Indian journal of veterinary science and animal husbandry - Volumes 22-23, 1952-1953
Year: 1952
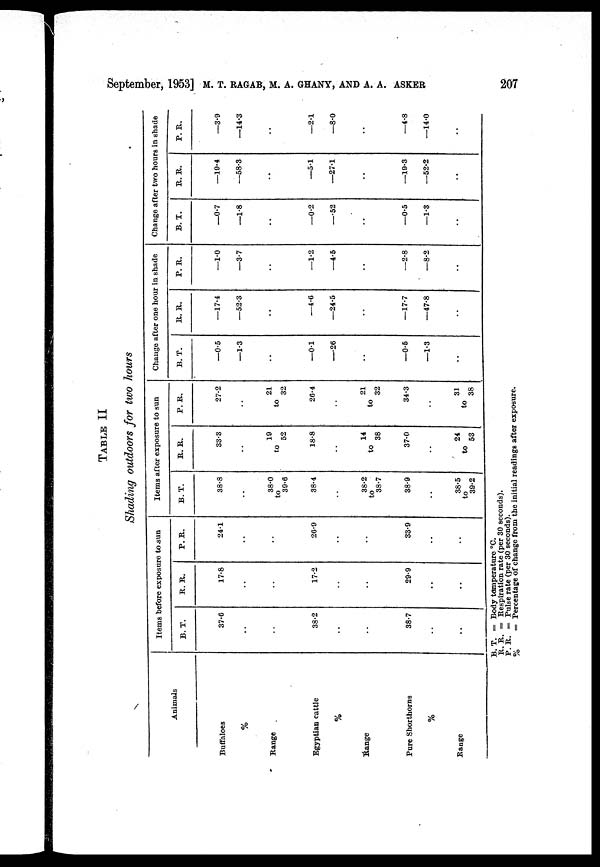
September, 1953] M.T. RAGAB, M.A. GHANY, AND A. A. ASKER 207
TABLE II
Shading outdoors for two hours
Animals
Buffaloes
%
Range
Egyptian cattle
Range
Pure Shorthorns
%
Range
Items before exposure to sun
B. T.
37.6
..
..
38.2
..
..
38.7
..
..
R. R.
17.8
..
..
17.2
..
..
29.9
..
..
P. R.
24.1
..
..
26.9
..
..
33.9
..
..
Items after exposure to sun
B. T.
38.8
..
38.0
to
39.6
38.4
..
38.2
to
38.7
38.9
..
38.5
to
39.2
R. R.
33.3
..
19
to
52
18.8
..
14
to
38
37.0
..
24
to
53
P. R.
27.2
..
21
to
32
26.4
..
21
to
32
34.3
..
31
to
38
Change after one hour in shade
B. T.
—0.5
—1.3
..
—0.1
—26
..
—0.5
—1.3
..
R. R.
—17.4
—52.3
..
—4.6
—24.5
..
—17.7
—47.8
..
P. R.
—1.0
—3.7
..
—1.2
—4.5
..
—2.8
—8.2
..
Change after two hours in shade
B. T.
—0.7
—1.8
..
—0.2
—52
..
—0.5
—1.3
..
R. R.
—19.4
—58.3
..
—5.1
—27.1
..
—19.3
—52.2
..
P. R.
—3.9
—14.3
..
—2.1
—8.0
..
—4.8
—14.0
..
B. T. = Body temperature °C.
R. R. = Respiration rate (per 30 seconds).
P. R. = Pulse rate (per 30 seconds).
%
= Percentage of change from the initial readings after exposure.